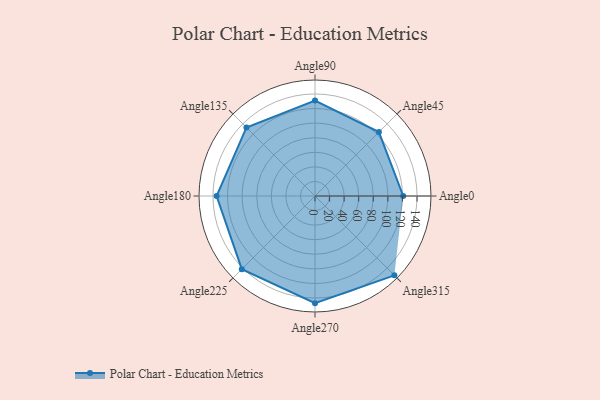
{"axis": {"x": "Angle", "y": "Radius"}, "legend": [""], "data": [{"x": "Angle0", "y": 121.0, "type": ""}, {"x": "Angle45", "y": 124.0, "type": ""}, {"x": "Angle90", "y": 131.0, "type": ""}, {"x": "Angle135", "y": 133.0, "type": ""}, {"x": "Angle180", "y": 135.0, "type": ""}, {"x": "Angle225", "y": 142.0, "type": ""}, {"x": "Angle270", "y": 147.0, "type": ""}, {"x": "Angle315", "y": 154.0, "type": ""}]}